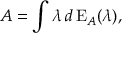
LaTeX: A = \int \lambda \, d \operatorname { E } _ { A } ( \lambda ) ,